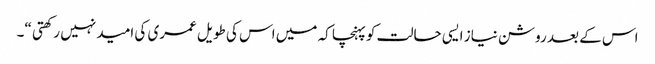
اس کے بعد روشن نیاز ایسی حالت کو پہنچا کہ میں اس کی طویل عمری کی امید نہیں رکھتی “۔